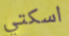
اسكتي